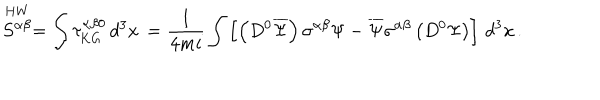
\stackrel { \mathrm { H W } } { S ^ { \alpha \beta } } = \int \tau _ { \mathrm { K G } } ^ { \alpha \beta 0 } \, d ^ { 3 } x \, = \frac { 1 } { 4 m i } \int \left[ \left( D ^ { 0 } \overline { { { \Psi } } } \right) \sigma ^ { \alpha \beta } \Psi - \overline { { { \Psi } } } \sigma ^ { \alpha \beta } \left( D ^ { 0 } \Psi \right) \right] \, d ^ { 3 } x \, .